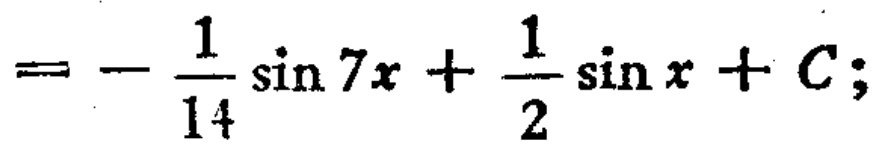
\(=-\frac{1}{14}\sin 7x+\frac{1}{2}\sin x + C;\)